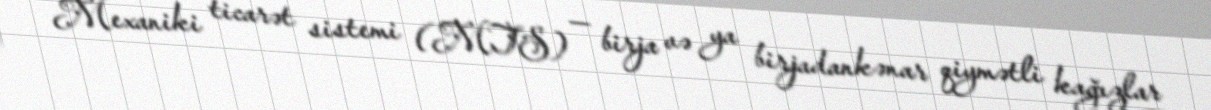
Mexaniki ticarət sistemi (MTS) — birja və ya birjadankənar qiymətli kağızlar